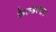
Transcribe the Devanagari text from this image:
फ़ेल्डस्पार